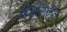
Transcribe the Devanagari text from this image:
खेळीमेळीत